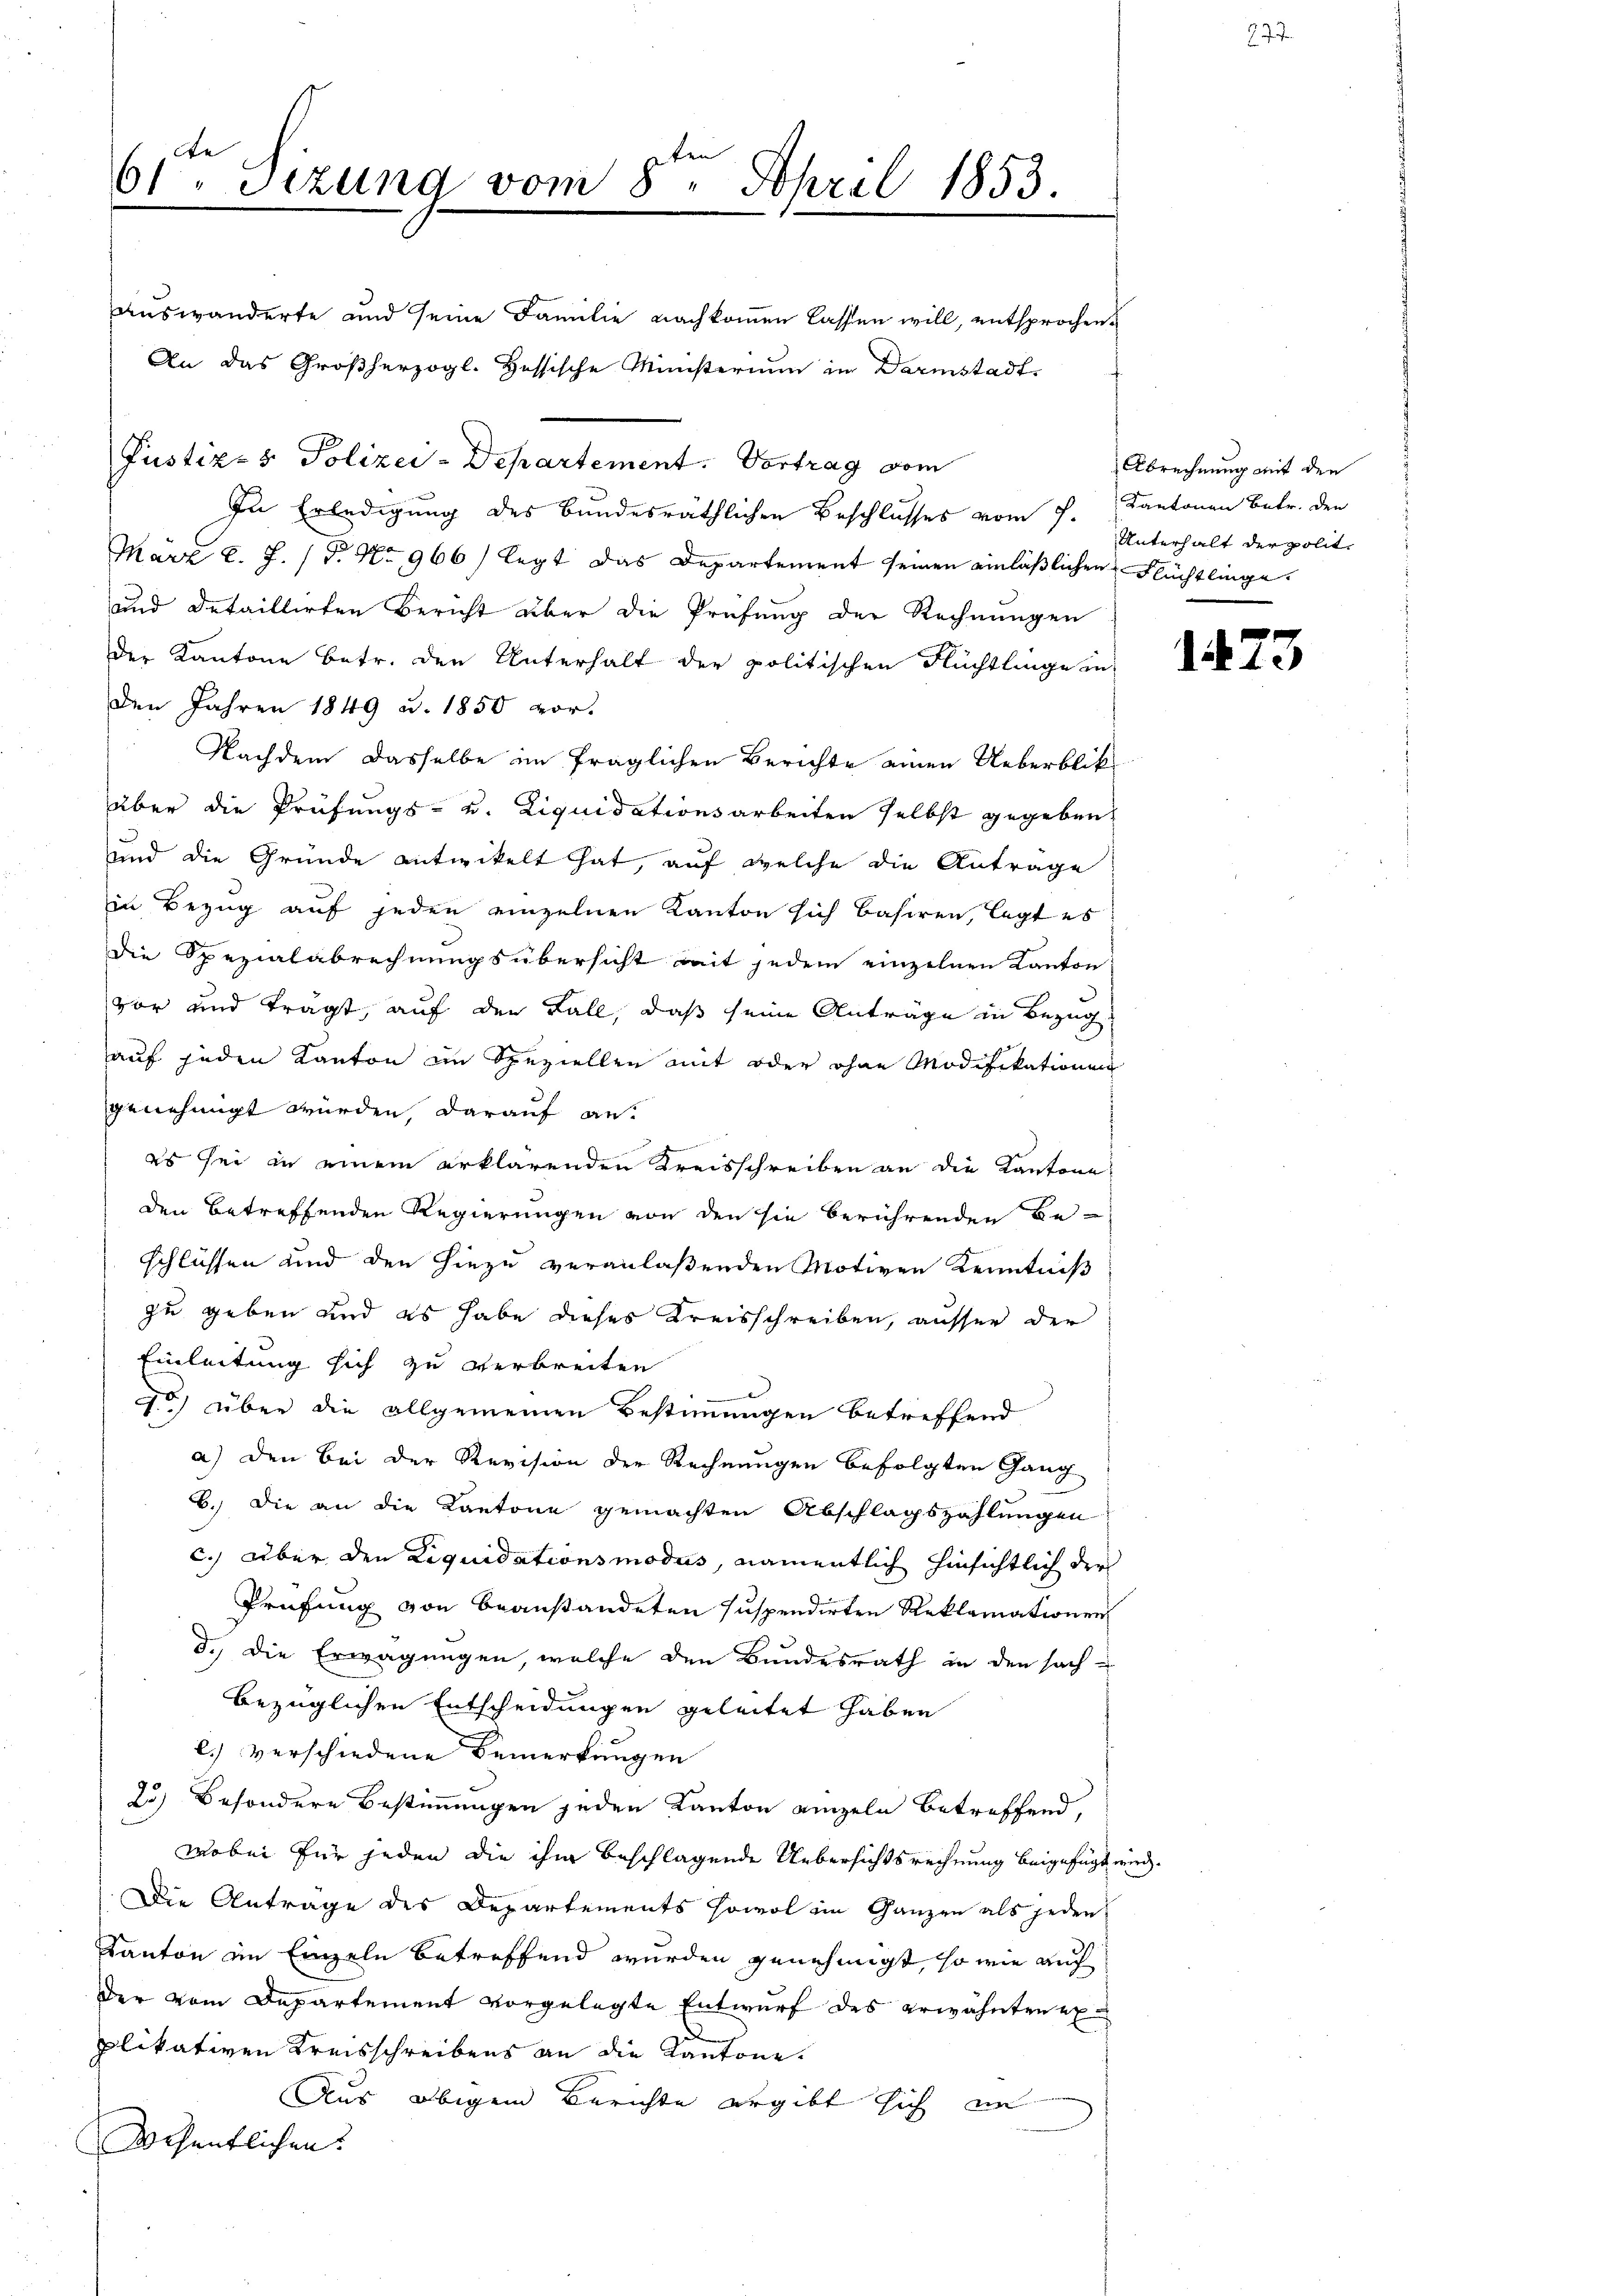
aŭswänderte und seine Familie nachkoṁen lassen will, entsprochen.
An das Großherzogl. Hessische Ministerium in Darmstadt-
Justiz- & Polizei-Departement. Vortrag vom
In Erledigung des Bundesräthlichen Beschlusses vom J. Kantonen Betr. den
März l. J. (T. No 966) legt das Departement seinen einläßlichen Flüchtlinge
und detaillirten Bericht über die Prüfung der Rechnungen
der Kantone betr. den Unterhalt der politischen Flüchtlinge in
Den Jahren 1849 u. 1850 vor.
Nachdem dasselbe im fraglichen Berichte einen Ueberblik
über die Prüfungs- u. Liquidationsarbeiten selbst gegeben
und die Gründe entwickelt hat, auf welche die Antrage
in Bezug auf jeden einzelnen Kanton sich basiren, legt es
Die Spezialabrechnungsübersicht mit jedem einzelnen Kanton
vor und trägt, auf den Fall, daß seine Anträge in Bezug
auf jeden Kanton im Speziellen mit oder ohne Modifikationen
genehmigt würden, darauf an.
es sei in einem erklärenden Kreisschreiben an die Kantone
den betreffenden Regierungen von den sie berührenden Be-
schlüssen und den hiezu veranlaßenden Motiven Kenntniß
zu geben und es habe dieses Kreisschreiben, ausser der
Einleitung sich zu verbreiten
75) über die allgemeinen Bestimmungen betreffend
a) den bei der Revision der Rechnungen befolgten Gang
6.) Die an die Kantone gemachten Abschlagszahlungen
c.) über den Liquidationsmodus, namentlich hinsichtlich der
Prüfung von beanstandeten suspendirten Reklamationen
d.) Die Erwägungen, welche den Bundesrath in den sach-
bezüglichen Entscheidungen geleitet haben
l.) verschiedene Bemerkungen
25) besondere Bestimmungen jeden Kanton einzeln betreffend,
wobei für jeden die ihm beschlagende Uebersichtsrechnung beigefügt wird.
Die Antrage des Departements sowol im Ganzen als jeden
Kanton im Einzeln betreffend wurden genehmigt, so wie auch
Der vom Departement vorgelegte Entwurf des erwähnten explikativen Kreisschreibens an die Kantone.
Aus obigem Berichte ergibt sich in
Wesentlichen.

61. Sizung vom 8. April 1853.

Abrechnung mit den
Unterhalt der polit.

1473